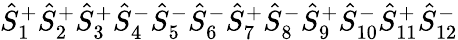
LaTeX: \hat{S}_{1}^{+}\hat{S}_{2}^{+}\hat{S}_{3}^{+}\hat{S}_{4}^{-}\hat{S}_{5}^{-}\hat{S}_{6}^{-}\hat{S}_{7}^{+}\hat{S}_{8}^{-}\hat{S}_{9}^{+}\hat{S}_{10}^{-}\hat{S}_{11}^{+}\hat{S}_{12}^{-}